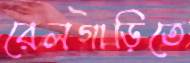
রেলগাড়িতে